Civil Veterinary Dept. Bombay admin report 1923-31 - 1923-1931
Year: 1923
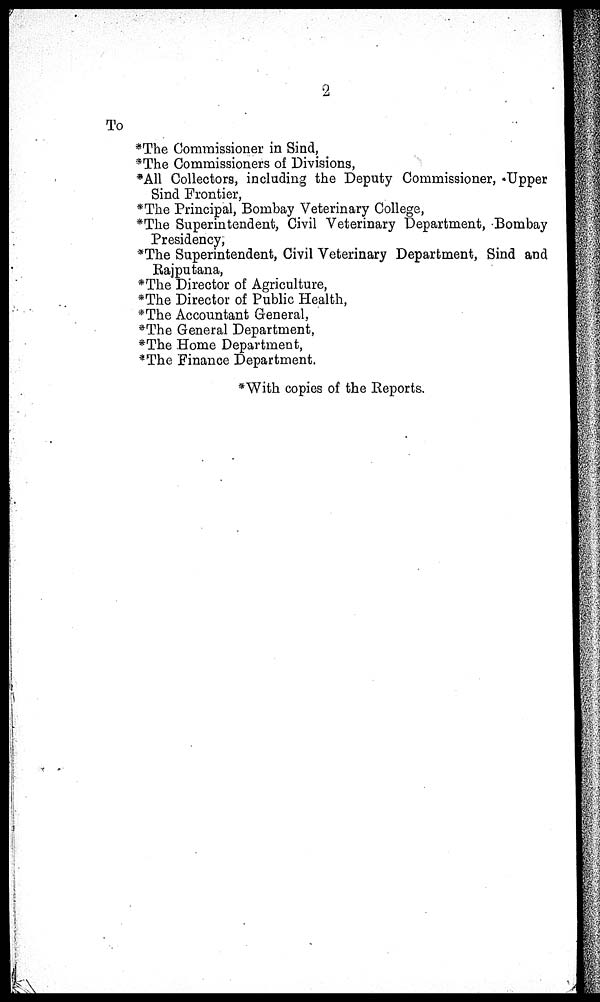
2
To
*The Commissioner in Sind,
*The Commissioners of Divisions,
*All Collectors, including the Deputy Commissioner, Upper
Sind Frontier,
*The Principal, Bombay Veterinary College,
*The Superintendent, Civil Veterinary Department, Bombay
Presidency,
*The Superintendent, Civil Veterinary Department, Sind and
Rajputana,
*The Director of Agriculture,
*The Director of Public Health,
*The Accountant General,
*The General Department,
*The Home Department,
*The Finance Department.
*With copies of the Reports.